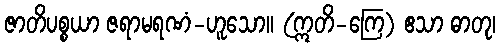
ဇာတိပစ္စယာ ဇရာမရဏံ-ဟူသော။ (ဣတိ-ကြေ) ဧသာ ဓာတု၊